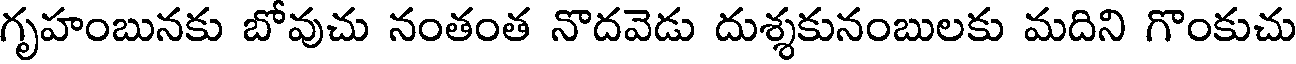
గృహంబునకు బోవుచు నంతంత నొదవెడు దుశ్శకునంబులకు మదిని గొంకుచు